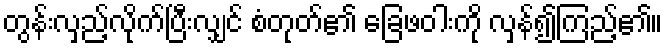
တွန်းလှည့်လိုက်ပြီးလျှင် စံတုတ်၏ ခြေဖဝါးကို လှန်၍ကြည့်၏။